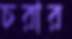
চরার